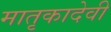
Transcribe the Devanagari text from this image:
मातृकादेवी